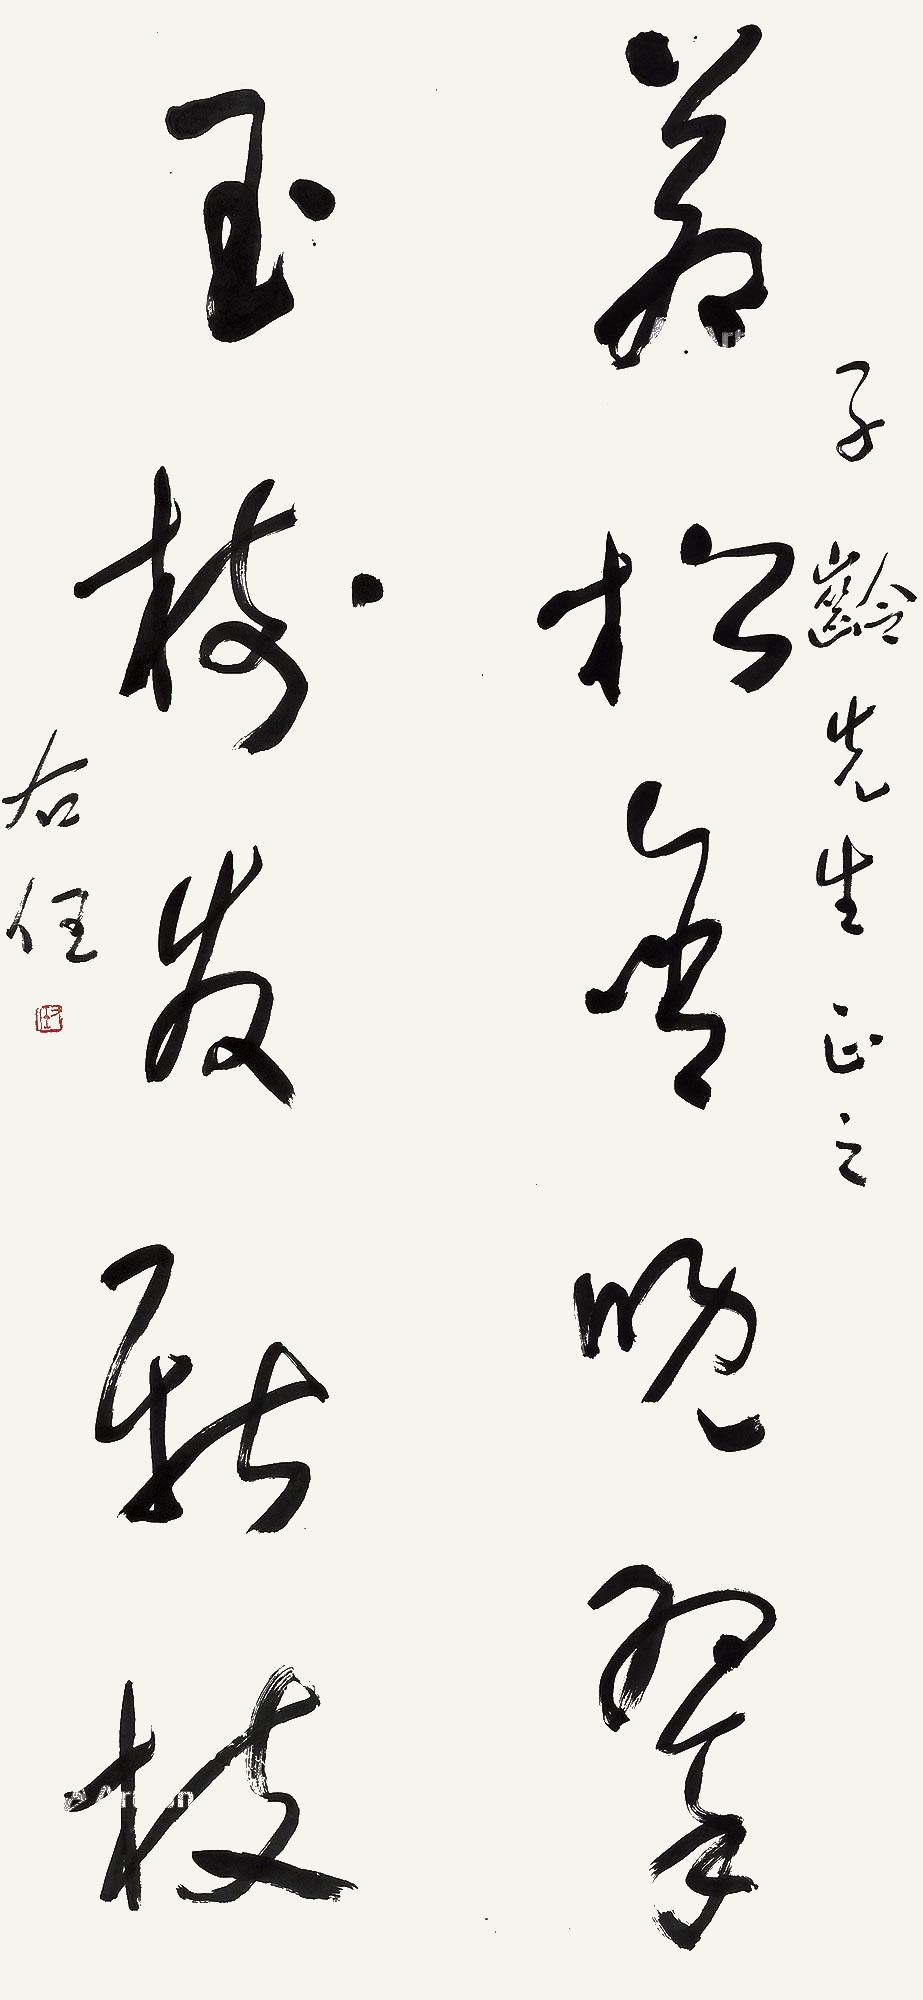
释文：苍松含晚翠，玉树发新枝。子龄先生正之，右任。